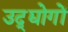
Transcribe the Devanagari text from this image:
उद्द्योगों